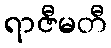
ရာဇီမတီ